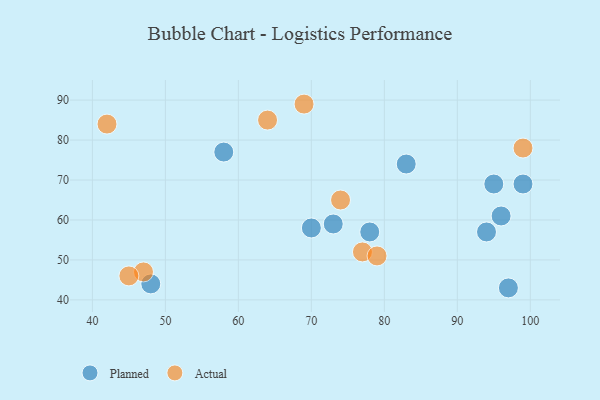
{"axis": {"x": "GDP", "y": "Life Expectancy"}, "legend": ["Actual", "Planned"], "data": [{"x": "99", "y": 69, "type": "Planned"}, {"x": "78", "y": 57, "type": "Planned"}, {"x": "97", "y": 43, "type": "Planned"}, {"x": "58", "y": 77, "type": "Planned"}, {"x": "70", "y": 58, "type": "Planned"}, {"x": "94", "y": 57, "type": "Planned"}, {"x": "48", "y": 44, "type": "Planned"}, {"x": "96", "y": 61, "type": "Planned"}, {"x": "73", "y": 59, "type": "Planned"}, {"x": "95", "y": 69, "type": "Planned"}, {"x": "83", "y": 74, "type": "Planned"}, {"x": "74", "y": 65, "type": "Actual"}, {"x": "47", "y": 47, "type": "Actual"}, {"x": "64", "y": 85, "type": "Actual"}, {"x": "99", "y": 78, "type": "Actual"}, {"x": "77", "y": 52, "type": "Actual"}, {"x": "42", "y": 84, "type": "Actual"}, {"x": "79", "y": 51, "type": "Actual"}, {"x": "45", "y": 46, "type": "Actual"}, {"x": "69", "y": 89, "type": "Actual"}]}